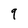
Character: 9